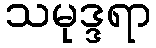
သမုဒ္ဒရာ